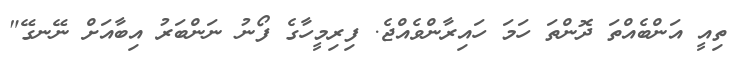
ތިއީ އަންބެއްތަ ދޮންތަ ހަމަ ހައިރާންވެއްޖެ. ފިރިމީހާގެ ފޯނު ނަންބަރު އިބާއަށް ނޭނގޭ"